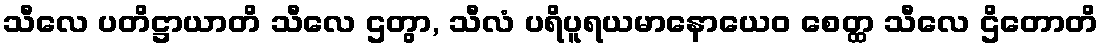
သီလေ ပတိဋ္ဌာယာတိ သီလေ ဌတွာ, သီလံ ပရိပူရယမာနောယေဝ စေတ္ထ သီလေ ဌိတောတိ